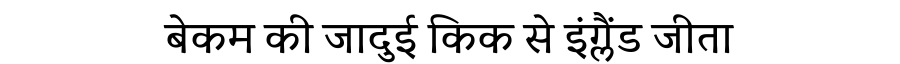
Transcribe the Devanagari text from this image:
बेकम की जादुई किक से इंग्लैंड जीता